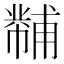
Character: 𪩾